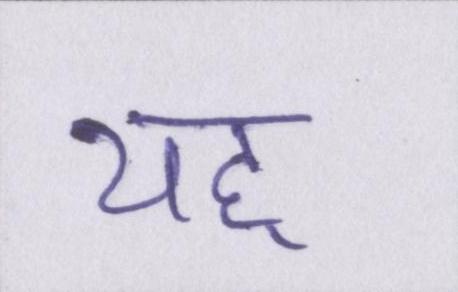
यह्